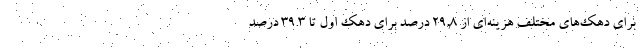
برای دهک‌های مختلف هزینه‌ای از ٢٩,٨ درصد برای دهک اول تا ٣٩.٣ درصد